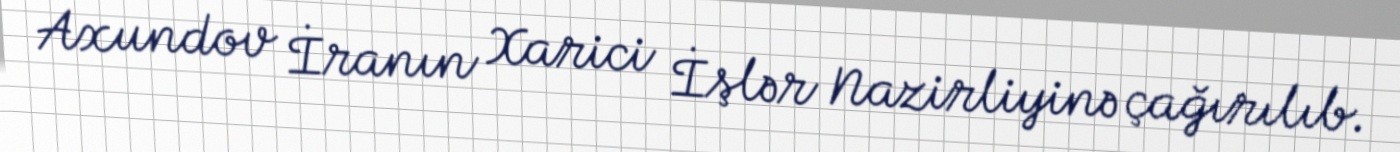
Axundov İranın Xarici İşlər Nazirliyinə çağırılıb.